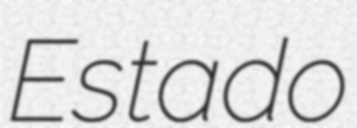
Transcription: Estado